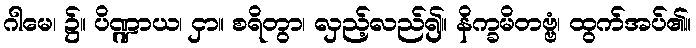
ဂါမေ၊ ၌။ ပိဏ္ဍာယ၊ ငှာ။ စရိတွာ၊ လှည့်လည်၍။ နိက္ခမိတဗ္ဗံ၊ ထွက်အပ်၏။